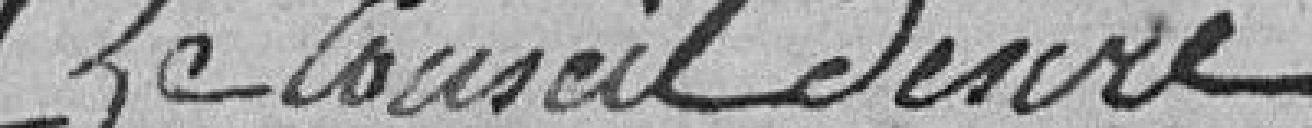
Le Conseil désire